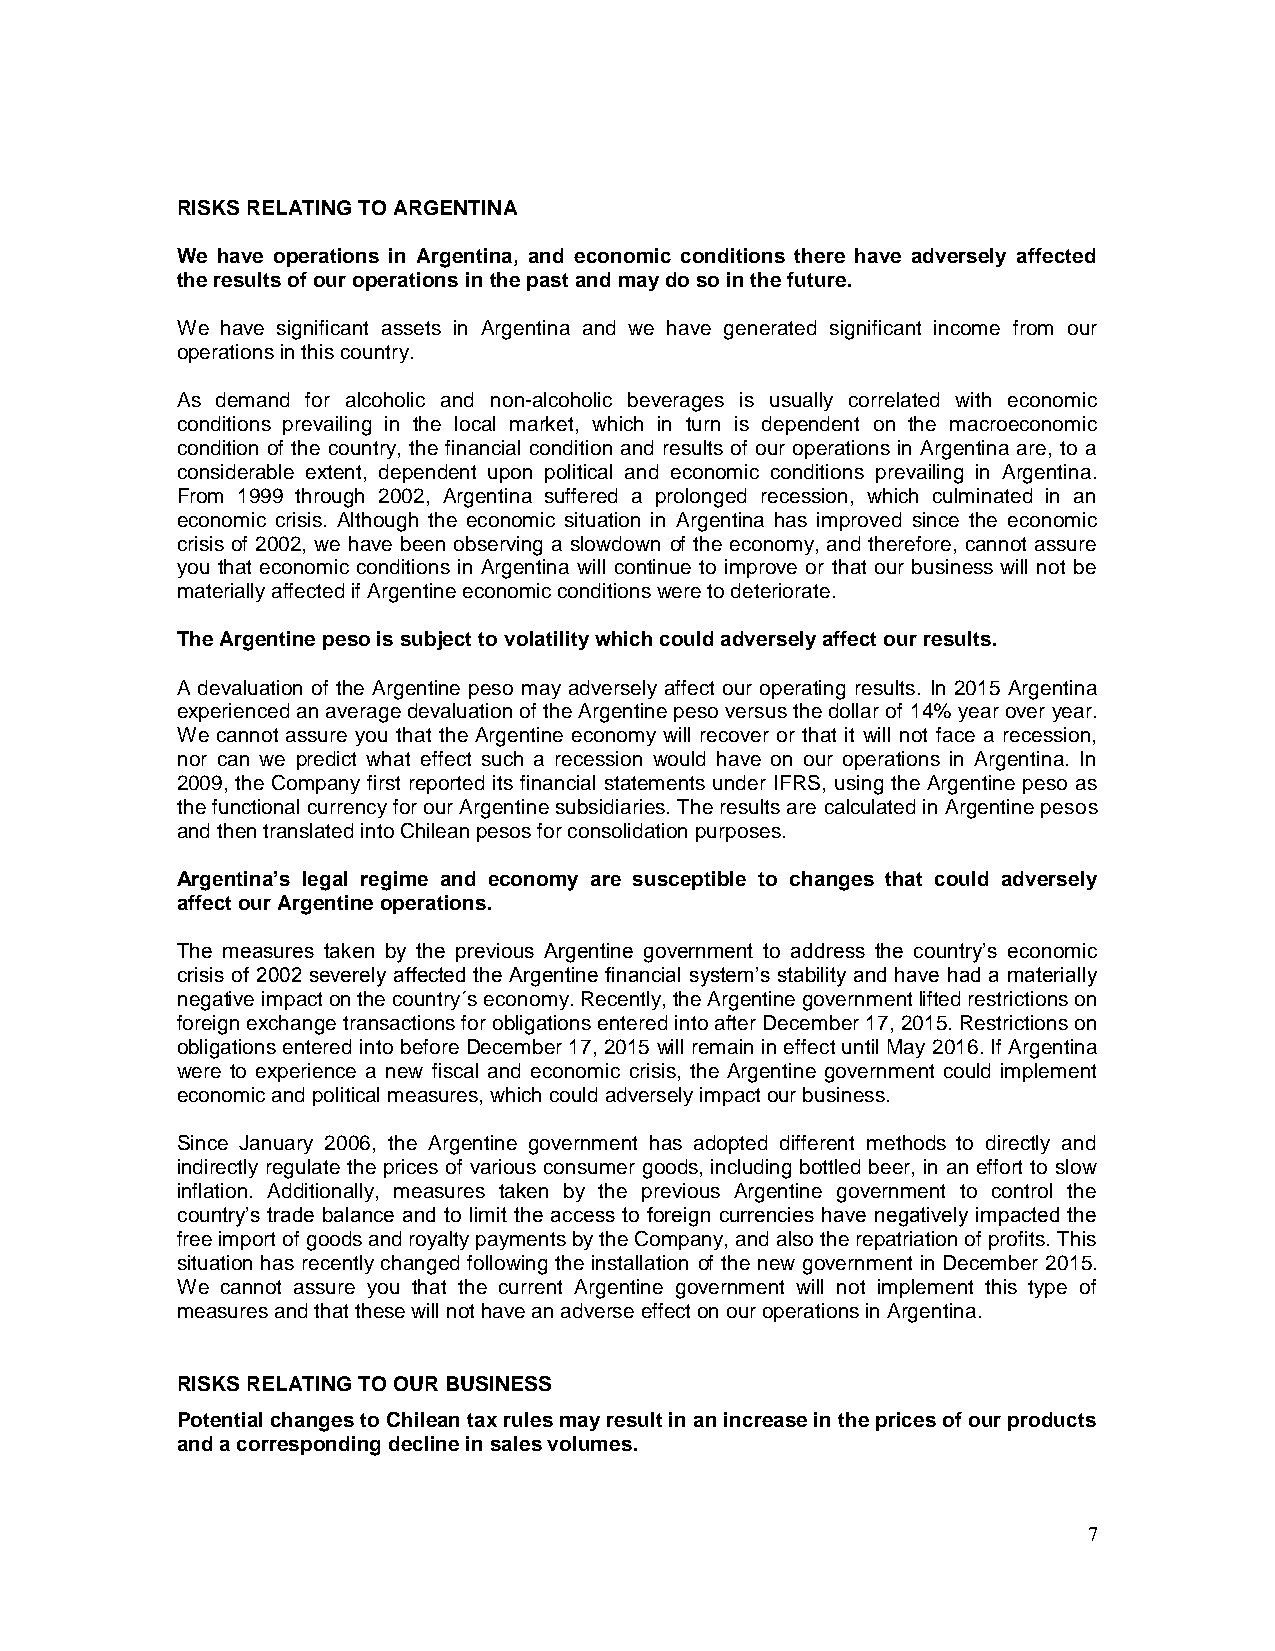
RISKS RELATING TO ARGENTINA
 We have operations in Argentina, and economic conditions there have adversely affected
 the results of our operations in the past and may do so in the future.
 We have significant assets in Argentina and we have generated significant income from our
 operations in this country.
 As demand for alcoholic and non-alcoholic beverages is usually correlated with economic
 conditions prevailing in the local market, which in turn is dependent on the macroeconomic
 condition of the country, the financial condition and results of our operations in Argentina are, to a
 considerable extent, dependent upon political and economic conditions prevailing in Argentina.
 From 1999 through 2002, Argentina suffered a prolonged recession, which culminated in an
 economic crisis. Although the economic situation in Argentina has improved since the economic
 crisis of 2002, we have been observing a slowdown of the economy, and therefore, cannot assure
 you that economic conditions in Argentina will continue to improve or that our business will not be
 materially affected if Argentine economic conditions were to deteriorate.
 The Argentine peso is subject to volatility which could adversely affect our results.
 A devaluation of the Argentine peso may adversely affect our operating results. In 2015 Argentina
 experienced an average devaluation of the Argentine peso versus the dollar of 14% year over year.
 We cannot assure you that the Argentine economy will recover or that it will not face a recession,
 nor can we predict what effect such a recession would have on our operations in Argentina. In
 2009, the Company first reported its financial statements under IFRS, using the Argentine peso as
 the functional currency for our Argentine subsidiaries. The results are calculated in Argentine pesos
 and then translated into Chilean pesos for consolidation purposes.
 Argentina’s legal regime and economy are susceptible to changes that could adversely
 affect our Argentine operations.
 The measures taken by the previous Argentine government to address the country’s economic
 crisis of 2002 severely affected the Argentine financial system’s stability and have had a materially
 negative impact on the country´s economy. Recently, the Argentine government lifted restrictions on
 foreign exchange transactions for obligations entered into after December 17, 2015. Restrictions on
 obligations entered into before December 17, 2015 will remain in effect until May 2016. If Argentina
 were to experience a new fiscal and economic crisis, the Argentine government could implement
 economic and political measures, which could adversely impact our business.
 Since January 2006, the Argentine government has adopted different methods to directly and
 indirectly regulate the prices of various consumer goods, including bottled beer, in an effort to slow
 inflation. Additionally, measures taken by the previous Argentine government to control the
 country’s trade balance and to limit the access to foreign currencies have negatively impacted the
 free import of goods and royalty payments by the Company, and also the repatriation of profits. This
 situation has recently changed following the installation of the new government in December 2015.
 We cannot assure you that the current Argentine government will not implement this type of
 measures and that these will not have an adverse effect on our operations in Argentina.
 RISKS RELATING TO OUR BUSINESS
 Potential changes to Chilean tax rules may result in an increase in the prices of our products
 and a corresponding decline in sales volumes.
 7